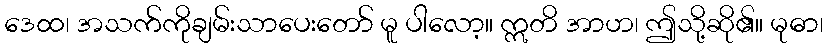
ဒေထ၊ အသက်ကိုချမ်းသာပေးတော် မူ ပါလော့။ ဣတိ အာဟ၊ ဤသို့ဆို၏။ မုဓာ၊